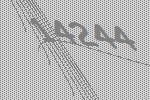
14244